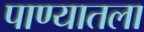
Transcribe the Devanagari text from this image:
पाण्यातला